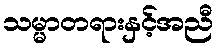
သမ္မာတရားနှင့်အညီ